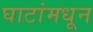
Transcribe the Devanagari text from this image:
घाटांमधून